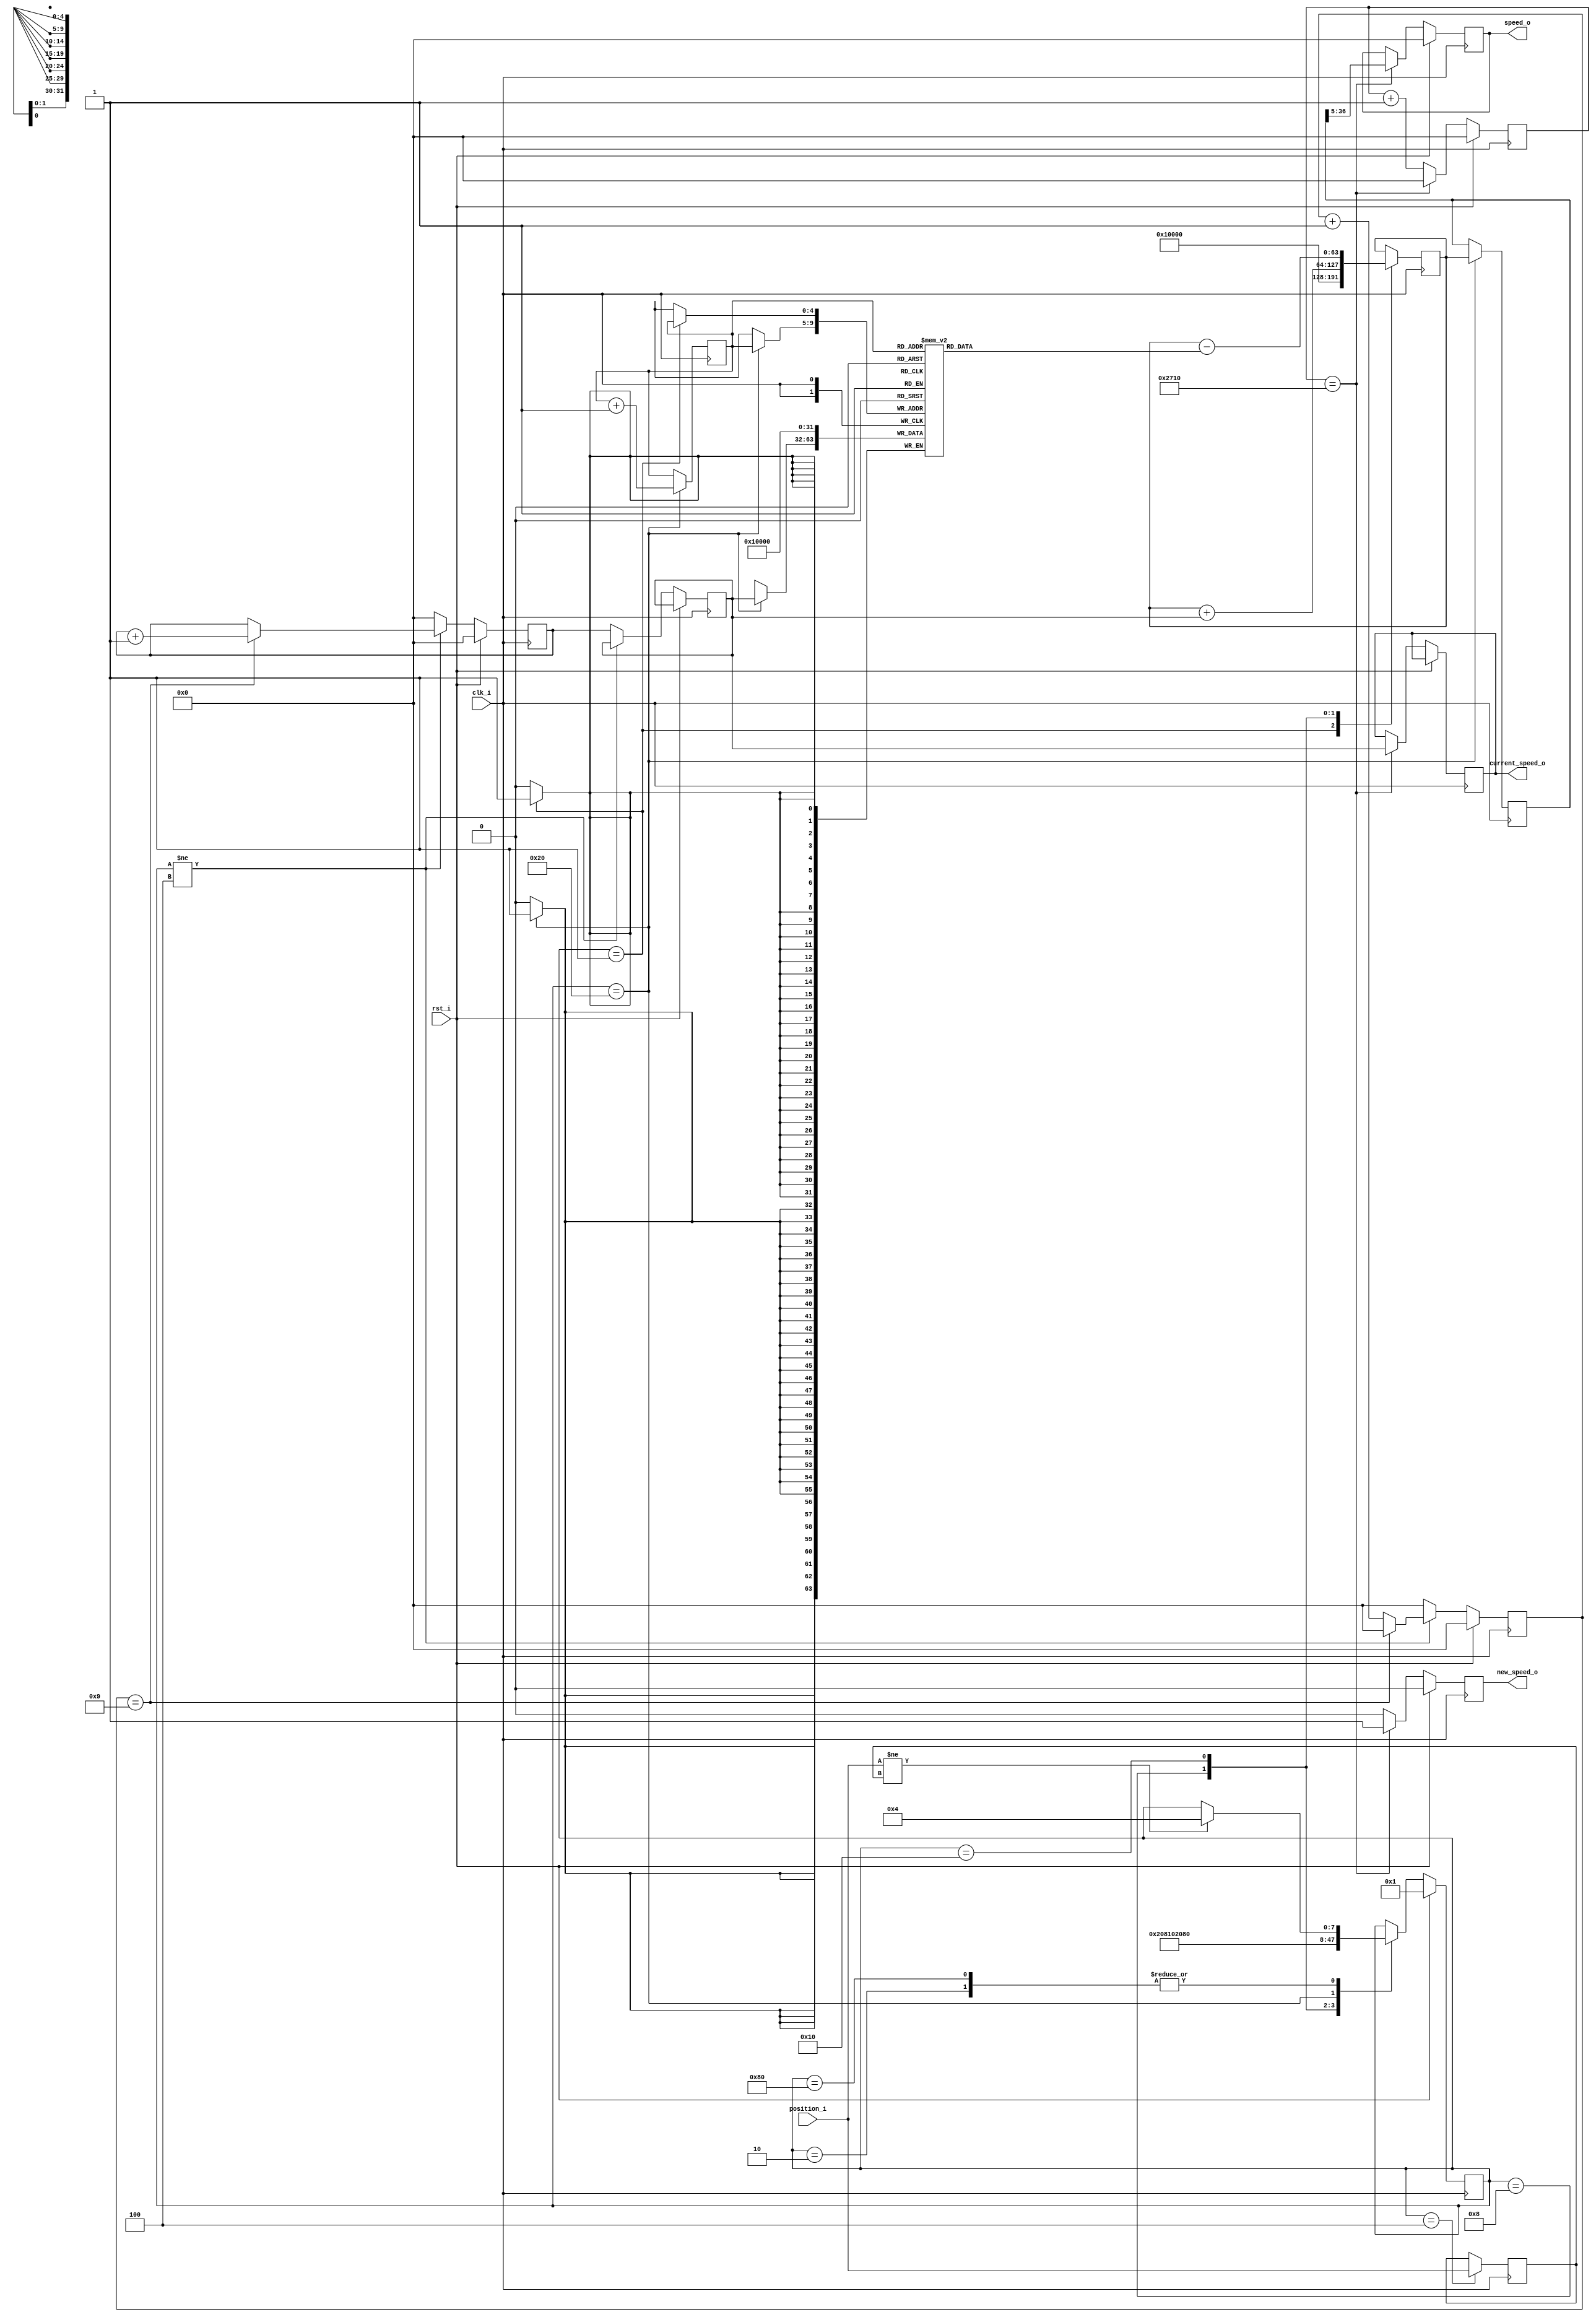
module speed_detector
//----------- Paramters Declarations -------------------------------------------
#(
    parameter   AVERAGE_WINDOW   = 32,      // Averages data on the latest samples
    parameter   LOG_2_AW         = 5,       // Average window is 2 ^ LOG_2_AW
    parameter   SAMPLE_CLK_DECIM = 10000
)
//----------- Ports Declarations -----------------------------------------------
(
    input               clk_i,
    input               rst_i,
    input       [ 2:0]  position_i,         // position as determined by the sensors
    output reg          new_speed_o,        // signals a new speed has been computed
    output reg  [31:0]  current_speed_o,    // data bus with the current speed
    output reg  [31:0]  speed_o             // data bus with the mediated speed
);

//------------------------------------------------------------------------------
//----------- Local Parameters -------------------------------------------------
//------------------------------------------------------------------------------
localparam AW             = LOG_2_AW - 1;
localparam MAX_SPEED_CNT  = 32'h10000;

//State machine
localparam RESET            = 8'b00000001;
localparam INIT             = 8'b00000010;
localparam CHANGE_POSITION  = 8'b00000100;
localparam ADD_COUNTER      = 8'b00001000;
localparam SUBSTRACT_MEM    = 8'b00010000;
localparam UPDATE_MEM       = 8'b00100000;
localparam IDLE             = 8'b10000000;

//------------------------------------------------------------------------------
//----------- Registers Declarations -------------------------------------------
//------------------------------------------------------------------------------
reg [ 2:0]  position_old;
reg [63:0]  avg_register;
reg [63:0]  avg_register_stable;
reg [31:0]  cnt_period;
reg [31:0]  decimation;                   // register used to divide by ten the speed
reg [31:0]  cnt_period_old;
reg [31:0]  fifo [0:((2**LOG_2_AW)-1)];   // 32 bit wide RAM
reg [AW:0]  write_addr;
reg [AW:0]  read_addr;

reg [31:0]  sample_clk_div;

reg [ 7:0]  state;
reg [ 7:0]  next_state;

//------------------------------------------------------------------------------
//----------- Assign/Always Blocks ---------------------------------------------
//------------------------------------------------------------------------------
// Count ticks per position
always @(posedge clk_i)
begin
    if(rst_i == 1'b1)
    begin
        cnt_period <= 32'b0;
        decimation <= 32'b0;
    end
    else
    begin
        if(state != CHANGE_POSITION)
        begin
            if(decimation == 9)
            begin
                cnt_period <= cnt_period + 1;
                decimation <= 32'b0;
            end
            else
            begin
                decimation  <= decimation + 1;
            end
        end
        else
        begin
            decimation      <= 32'b0;
            cnt_period      <= 32'b0;
            cnt_period_old  <= cnt_period;
        end
    end
end

always @(posedge clk_i)
begin
    if(rst_i == 1'b1)
    begin
        state <= RESET;
    end
    else
    begin
        state <= next_state;
    end
end

always @*
begin
    next_state = state;
    case(state)
        RESET:
        begin
            next_state = INIT;
        end
        INIT:
        begin
            if(position_i != position_old)
            begin
                next_state = CHANGE_POSITION;
            end
        end
        CHANGE_POSITION:
        begin
            next_state = ADD_COUNTER;
        end
        ADD_COUNTER:
        begin
            next_state = SUBSTRACT_MEM;
        end
        SUBSTRACT_MEM:
        begin
            next_state = UPDATE_MEM;
        end
        UPDATE_MEM:
        begin
            next_state          = IDLE;
        end
        IDLE:
        begin
            if(position_i != position_old)
            begin
                next_state = CHANGE_POSITION;
            end
        end
    endcase
end

always @(posedge clk_i)
begin
    case(state)
        RESET:
        begin
            avg_register        <= MAX_SPEED_CNT;
            fifo[write_addr]    <= MAX_SPEED_CNT;
        end
        INIT:
        begin
        end
        CHANGE_POSITION:
        begin
            position_old <= position_i;
        end
        ADD_COUNTER:
        begin
            avg_register <= avg_register + cnt_period_old ;
        end
        SUBSTRACT_MEM:
        begin
            avg_register <= avg_register - fifo[write_addr];
        end
        UPDATE_MEM:
        begin
            fifo[write_addr]    <= cnt_period_old;
            write_addr          <= write_addr + 1;
            avg_register_stable <= avg_register;
        end
        IDLE:
        begin
        end
    endcase
end

// Stable sampling frequency of the motor speed
always @(posedge clk_i)
begin
    if(rst_i == 1'b1)
    begin
        sample_clk_div  <= 0;
        speed_o         <= 0;
        new_speed_o     <= 0;
    end
    else
    begin
        if(sample_clk_div == SAMPLE_CLK_DECIM)
        begin
            sample_clk_div  <= 0;
            speed_o         <=(avg_register_stable >> LOG_2_AW);
            new_speed_o     <= 1;
            current_speed_o <= cnt_period_old;
        end
        else
        begin
            new_speed_o     <= 0;
            sample_clk_div  <= sample_clk_div + 1;
        end
    end
end

endmodule